Vaccine operations Central Provinces 1900-1911 - 1900-1911
Year: 1900
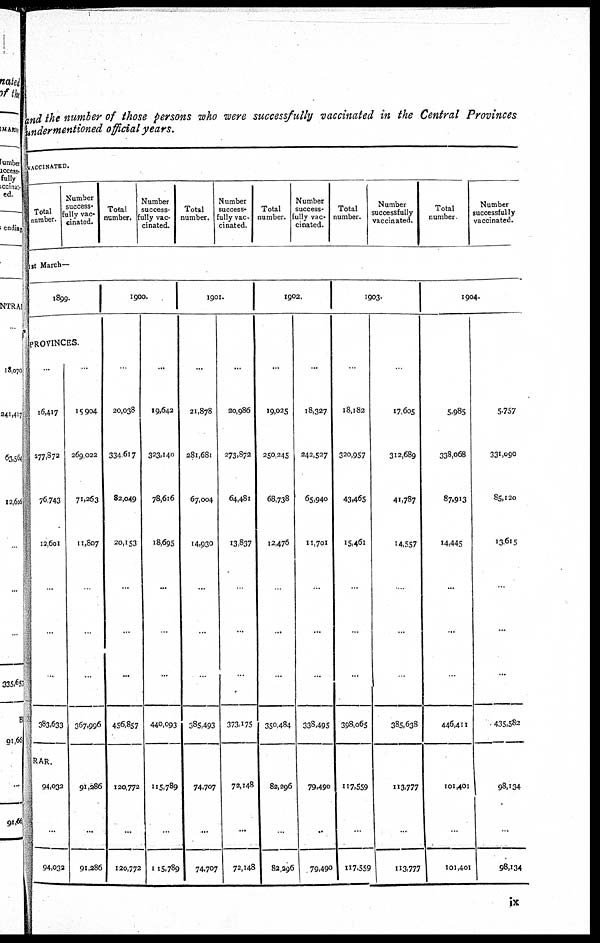
and the number of those persons who were successfully vaccinated in the Central Provinces
undermentioned official years.
VACCINATED.
Total
number.
Number
success¬
fully vac-
cinated.
Total
number.
Number
success-
fully vac-
cinated.
Total
number.
Number
success-
fully vac-
cinated.
Total
number.
Number
success-
fully vac-
cinated.
Total
number.
Number
successfully
vaccinated.
Total
number
Number
successfully
vaccinated.
1st March—
1899.
PROVINCES.
...
16,417
277,872
76,743
12,601
...
...
..
383,633
RAR.
94,032
...
94,032
...
15,904
269,022
71,263
11,807
.
..
...
367,996
91,286
...
91,286
1900.
...
20,038
334,617
32,049
20,153
...
...
...
456,857
120,772
...
120,772
...
19,642
323,140
78,616
18,695
...
...
...
440,093
115,789
...
115,789
1901.
...
21,878
281,681
67,004
14,930
...
...
..
385,493
74,707
...
74,707
...
20,986
273,872
64,481
13,837
.
...
373,175
72,148
...
72,148
1902.
...
19,025
250,245
68,738
12,476
...
...
350,484
82,296
.
82,396
...
18,327
242,527
65,940
11,701
...
...
...
338,495
79,490
79,490
1903.
.
18,182
320,957
43,465
15,461
..
...
...
398,065
117,559
...
117,559
17,605
312,689
41,787
14,557
..
...
.
385,638
113,777
...
113,777
1904.
5,985
338,068
87,913
14,445
...
...
.
446,411
101,401
...
101,401
5,757
331,090
85,120
13,615
...
...
...
435,582
98,134
.
98,134
ix